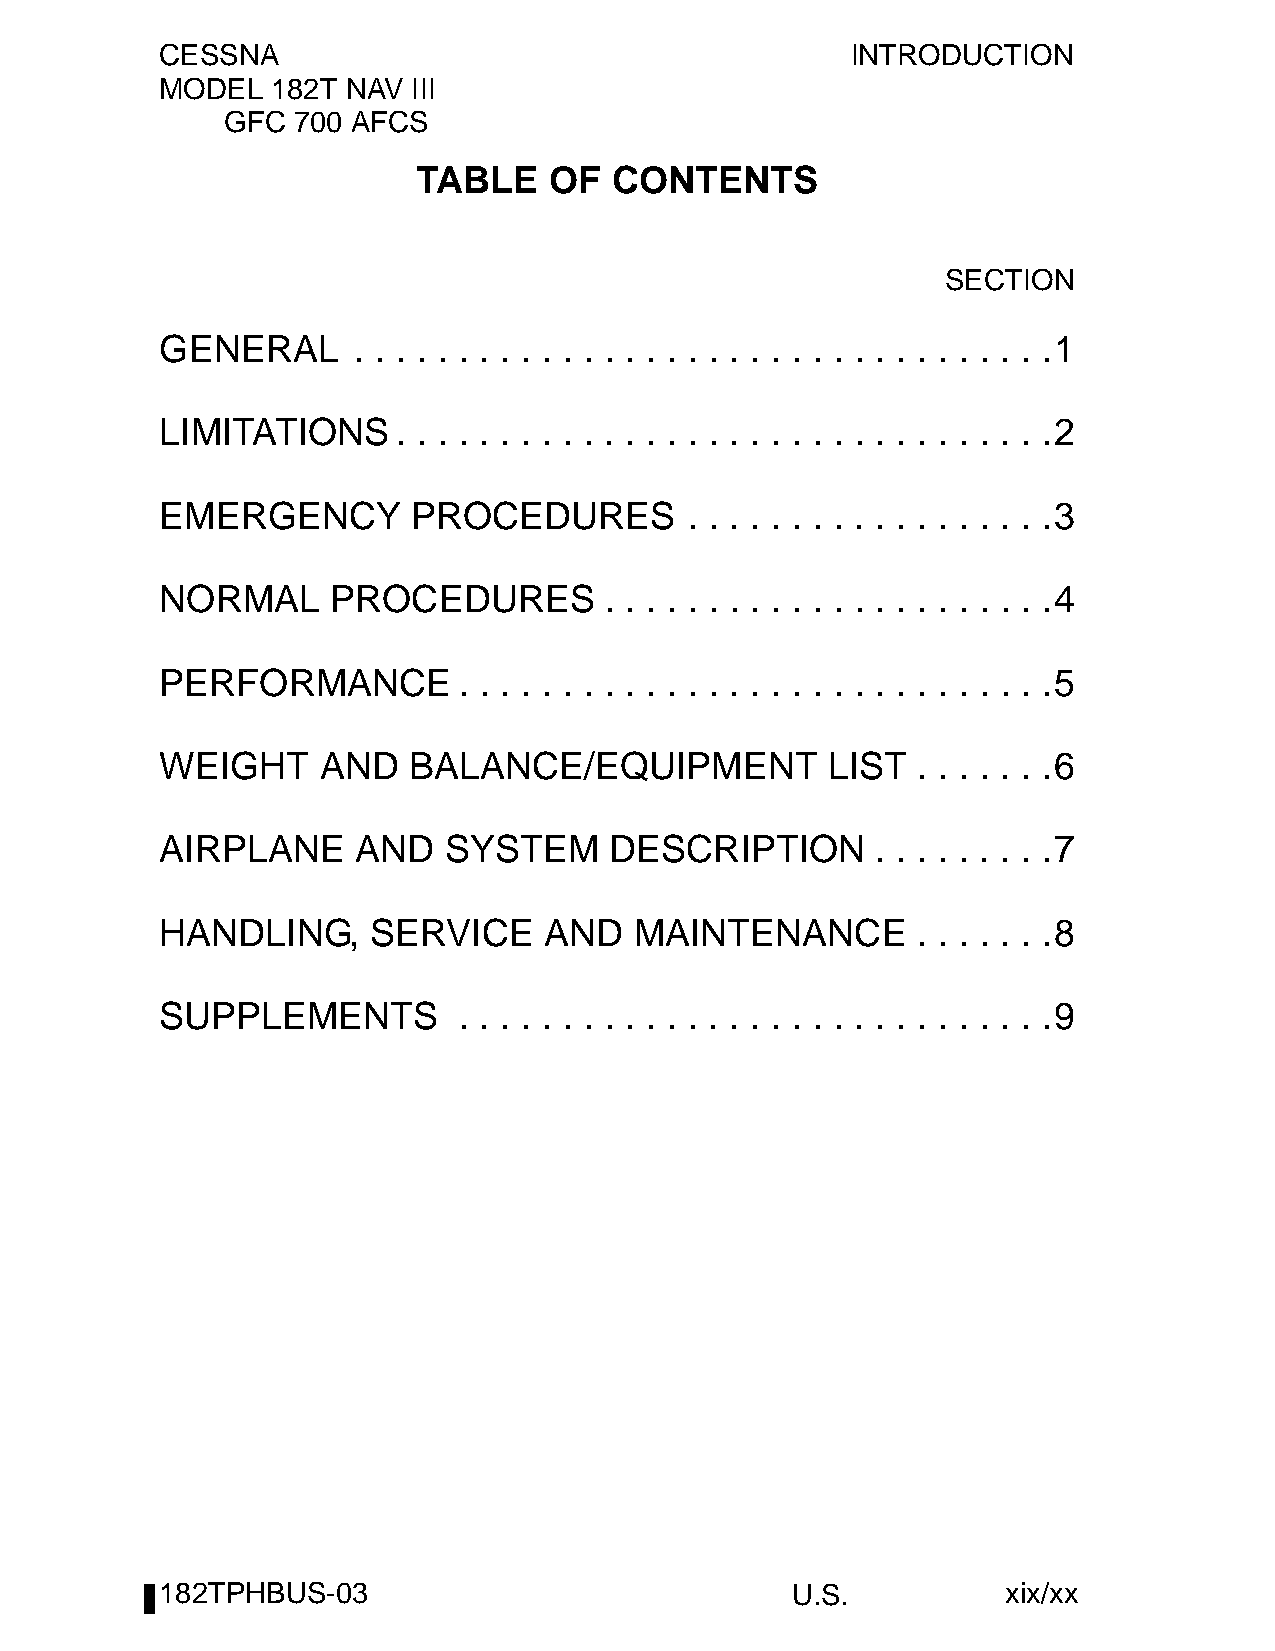
CESSNA                                       INTRODUCTION
 MODEL  182T NAV III
 GFC 700 AFCS
 TABLE   OF  CONTENTS
 SECTION
 GENERAL     . . . . . . . . . . . . . . . . . . . . . . . . . . . . . . . . . .1
 LIMITATIONS    . . . . . . . . . . . . . . . . . . . . . . . . . . . . . . . .2
 EMERGENCY       PROCEDURES         . . . . . . . . . . . . . . . . . .3
 NORMAL     PROCEDURES        . . . . . . . . . . . . . . . . . . . . . .4
 PERFORMANCE        . . . . . . . . . . . . . . . . . . . . . . . . . . . . .5
 WEIGHT    AND   BALANCE/EQUIPMENT           LIST  . . . . . . .6
 AIRPLANE     AND  SYSTEM     DESCRIPTION       . . . . . . . . .7
 HANDLING,    SERVICE     AND   MAINTENANCE        . . . . . . .8
 SUPPLEMENTS        . . . . . . . . . . . . . . . . . . . . . . . . . . . . .9
 182TPHBUS-03                             U.S.           xix/xx